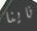
ناينا